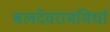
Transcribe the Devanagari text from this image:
बलदेवराममिर्धा